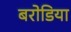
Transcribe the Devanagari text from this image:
बरोडिया